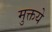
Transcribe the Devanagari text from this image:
मुक्तये